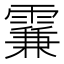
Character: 𩄡